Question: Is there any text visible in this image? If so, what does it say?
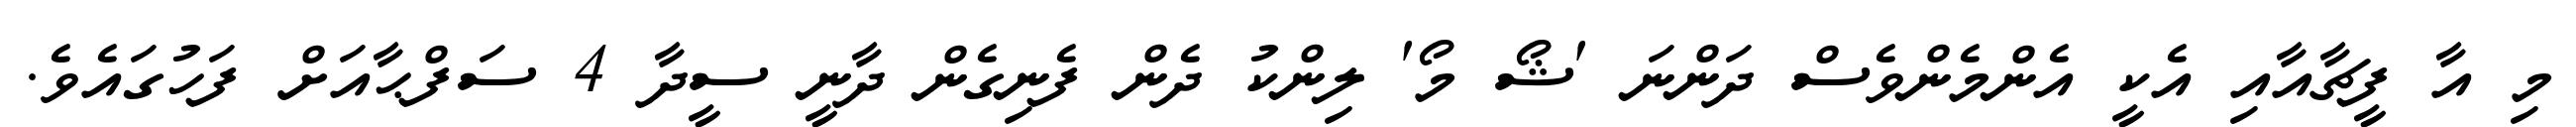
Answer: މި އާ ފީޗާއާއި އެކީ އެންމެންވެސް ދަންނަ 'ޝޯ މޯ' ލިންކު ދެން ފެނިގެން ދާނީ ސީދާ 4 ސަފްޙާއަށް ފަހުގައެވެ.